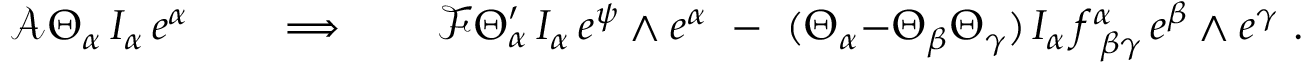
\mathcal { A } \= \Theta _ { \alpha } \, I _ { \alpha } \, e ^ { \alpha } \qquad \Longrightarrow \qquad \mathcal { F } \= \Theta _ { \alpha } ^ { \prime } \, I _ { \alpha } \, e ^ { \psi } \wedge e ^ { \alpha } \ - \ ( \Theta _ { \alpha } { - } \Theta _ { \beta } \Theta _ { \gamma } ) \, I _ { \alpha } \, f _ { \ \beta \gamma } ^ { \alpha } \, e ^ { \beta } \wedge e ^ { \gamma } \ .